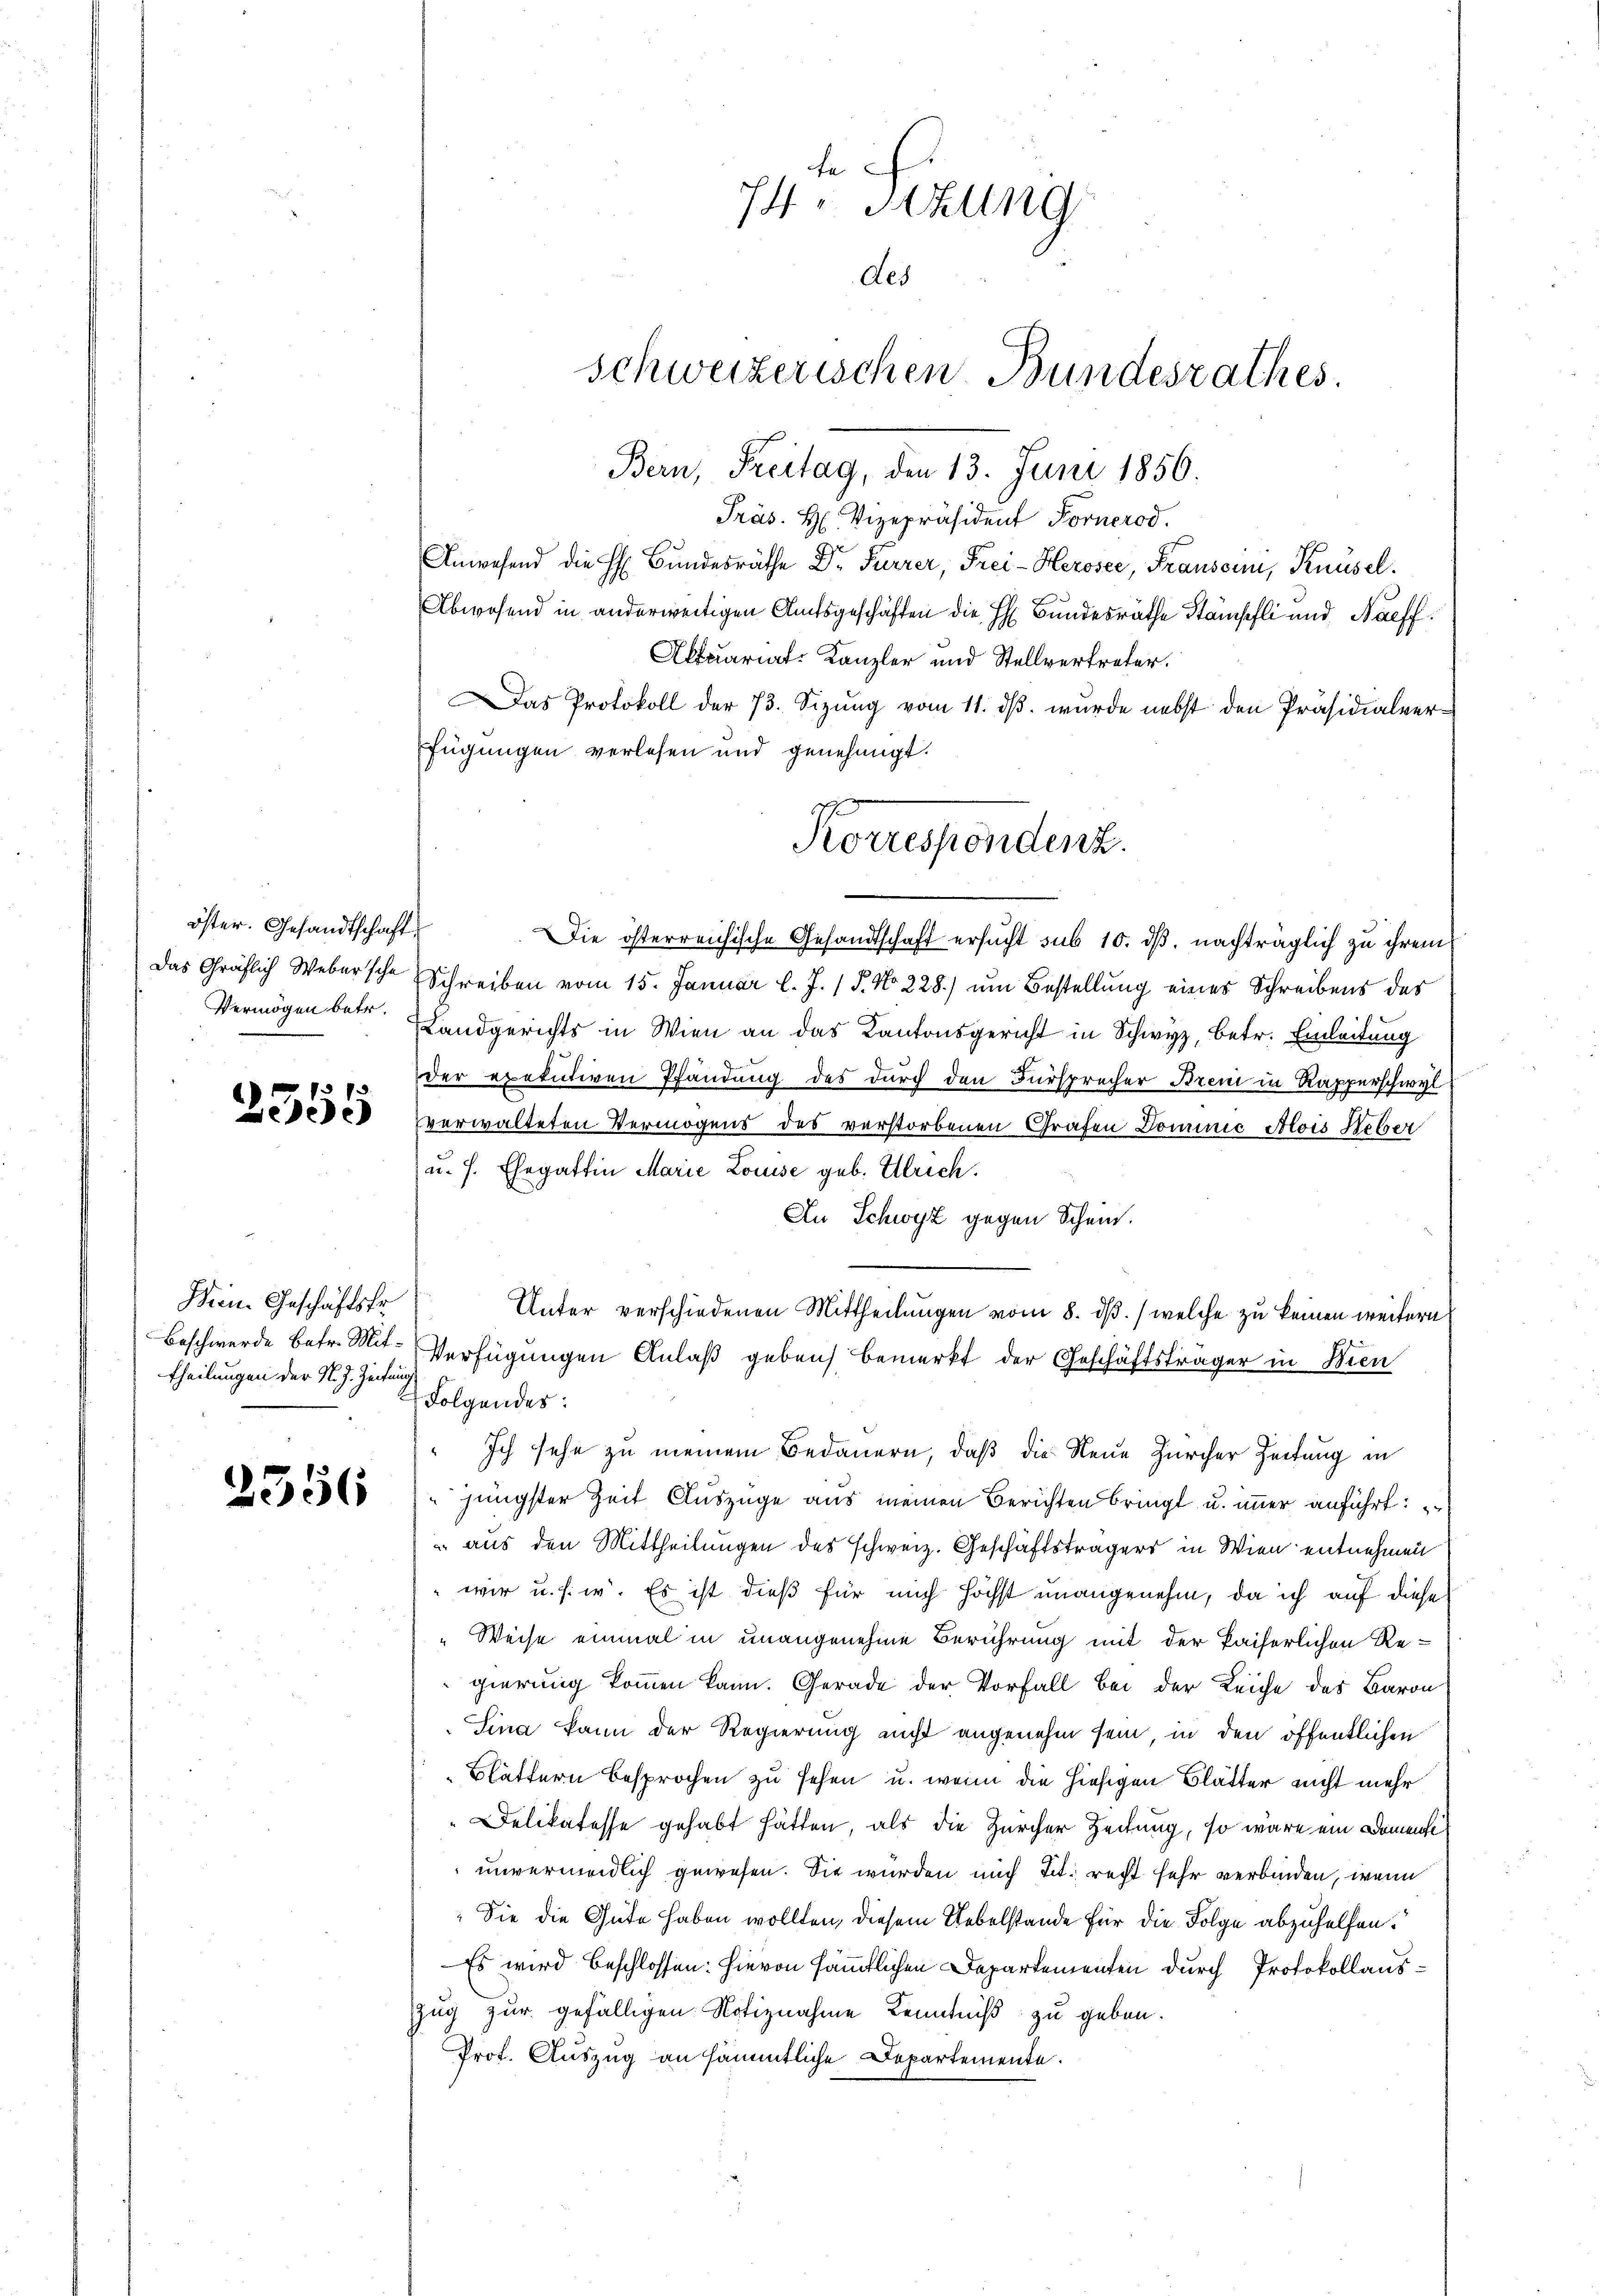
öster. Gesandtschaft

2555

Wein. Geschäftsfr.
theilungen der N. Z. Zeitung

2556

74 v. Szung
Als
Schweizerischen Bundesrathes.

Bern, Freitag, den 13. Juni 1856.
Präs. H. Vizepräsident Fornerod.
Anwesend die H. Bŭndesräthe Dr. Furrer, Frei-Herosee, Fransonni, Knüsel.
Abwesend in anderweitigen Amtsgeschäften die H: Bundesräthe Stämpfli und Naeff
Aktuariat-Kanzler und Stellvertreter.
Das Protokoll der 73. Sizŭng vom 11. dβ. wurde nebst den Präsidialver-
fügungen verlesen und genehmigt.
Die österreichische Gesandtschaft ersucht sub 10. ds, nachträglich zu ihrem
Das Gräflich Webersche Schreiben vom 15. Januar l. J. 15. No. 228.) um Bestellung eines Schreibens des
Vermögen betr. Landgerichts in Wien an das Kantonsgericht in Schwyz, betr. Einleitung
der exekutiven Pfändung des durch den Fürsprecher Bren in Rapperschwyl
verwalteten Vermögens des verstorbenen Grafen Dominie Alois Heber
u. H. Ehegattin Marie Louise geb. Ulrich.
An Schwyz gegen Schein.
Unter verschiedenen Mittheilungen vom 8. dβ. / welche zu keinen weitern
Beschwerde betr. Mit Verfügungen Anlaß geben bemerkt der Geschäftsträger in Wien
Folgendes:
Ich sehe zu meinem Bedauern, daß die Neue Zürcher Zeitung in
jüngster Zeit Auszüge aus meinen Berichten bringt u. immer anführt:
 aus den Mittheilungen des schweiz. Geschäftsträgers in Wien entnehmen
wir u. s. w. Es ist dieß für mich höchst unangenehm, da ich auf diese
Weise einmal in unangenehme Berührung mit der kaiserlichen Regierung kommen kann. Gerade der Vorfall bei der Leiche des Baron
Sina kann der Regierung nicht angenehm sein, in den öffentlichen
Blättern besprochen zu sehen u. wenn die hiesigen Blätter nicht mehr
Delikatesse gehabt hätten, als die Zürcher Zeitung, so wäre ein Domente
unvermeidlich gewesen. Sie wurden mich Tit. recht sehr verbinden, wenn
Die die Güte haben wollten, diesem Uebelstande für die Folge abzuhelfen.
Es wird beschlossen: hievon sämmtlichen Departementen durch Protokollaus¬
Zug zur gefälligen Notiznahme Kenntniß zu geben.
Prof. Auszug an sämmtliche Departemente.

Korrespondenz.